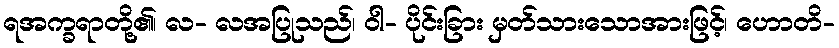
ရအက္ခရာတို့၏၊ လ- လအပြုသည်၊ ဝါ- ပိုင်းခြား မှတ်သားသောအားဖြင့်၊ ဟောတိ-